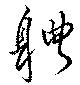
軆